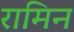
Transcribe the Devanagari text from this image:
रामिन